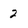
Character: 2